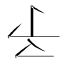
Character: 𠄔